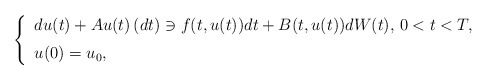
\begin{align*}\left\{\begin{tabular}[c]{l}$du(t)+Au(t)\left( dt\right) \ni f(t,u(t))dt+B(t,u(t))dW(t),$\ $0<t<T,$\medskip\\$u(0)=u_{0},$\end{tabular}\right. \end{align*}